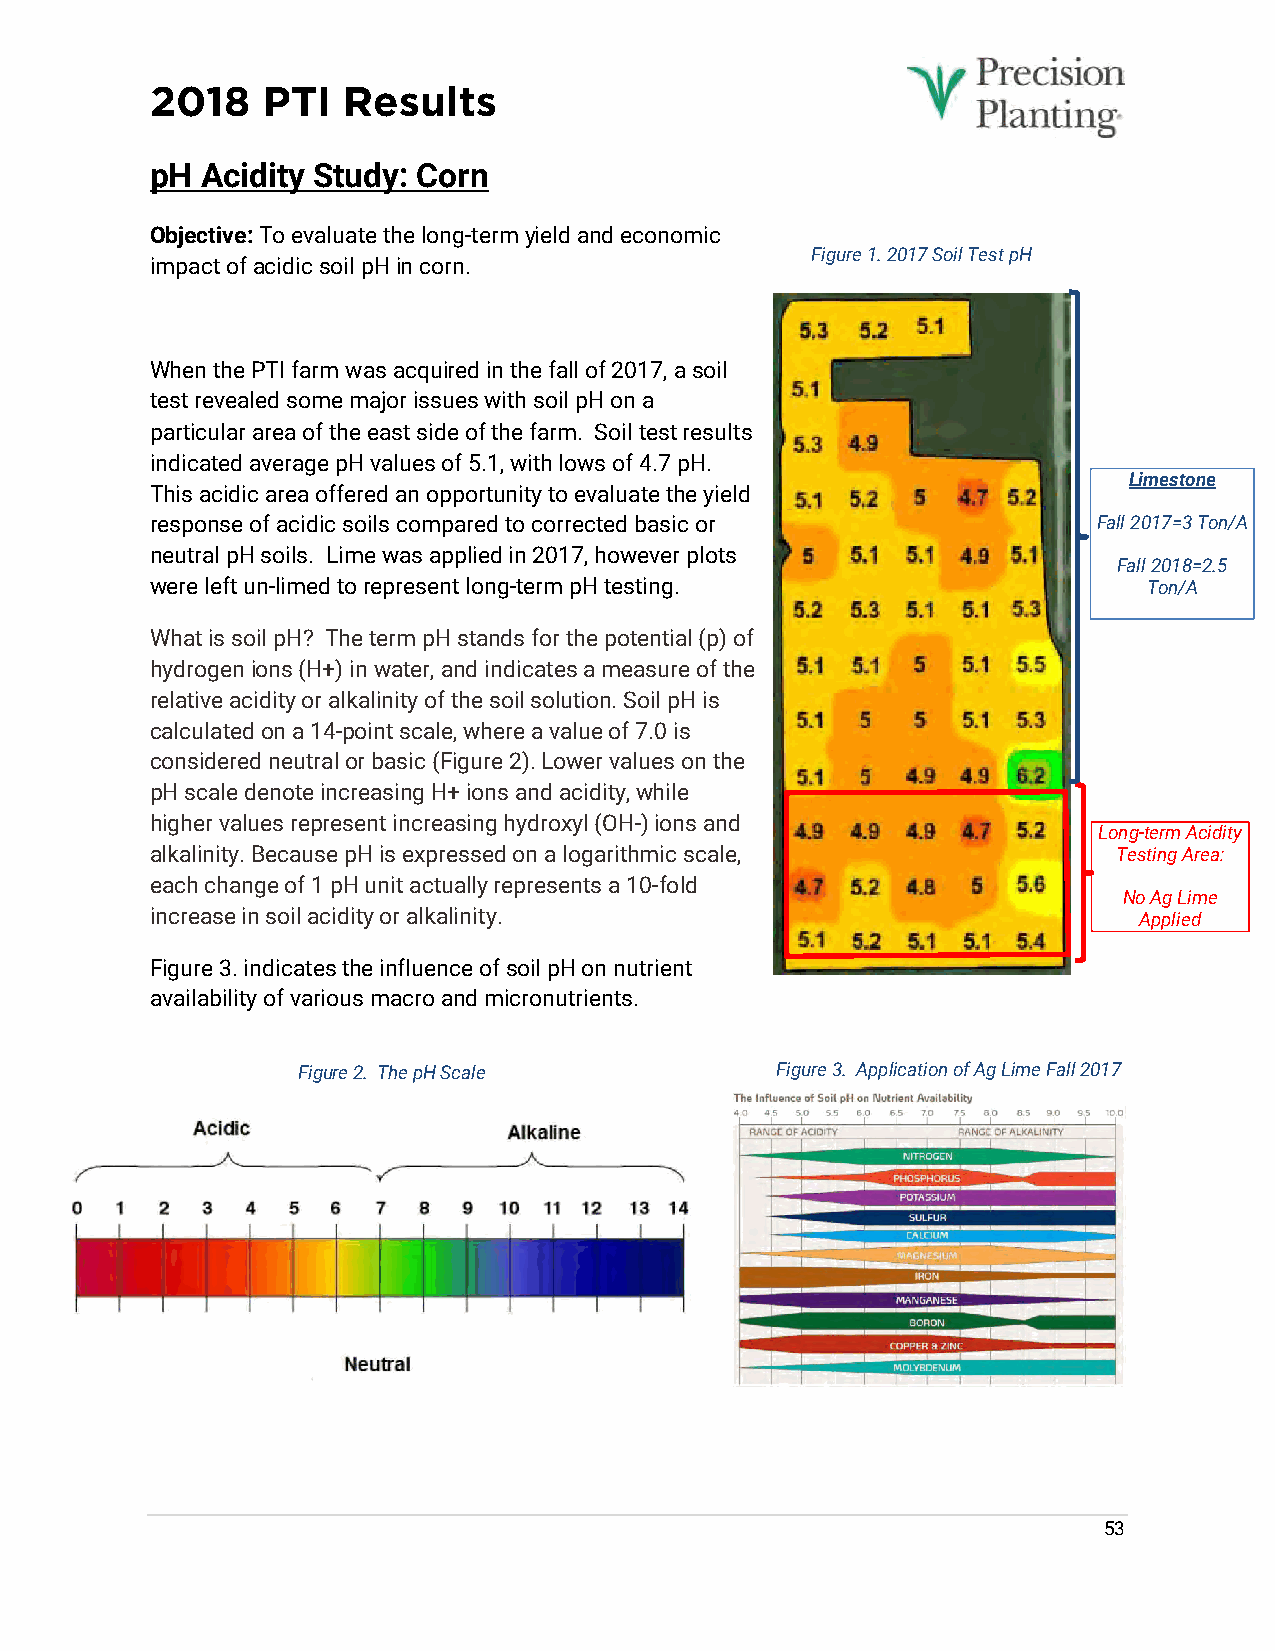
2018   PTI   Results
 pH Acidity Study: Corn
 Objective: To evaluate the long-term yield and economic
 Figure 1. 2017 Soil Test pH
 impact of acidic soil pH in corn.
 When the PTI farm was acquired in the fall of 2017, a soil
 test revealed some major issues with soil pH on a
 particular area of the east side of the farm. Soil test results
 indicated average pH values of 5.1, with lows of 4.7 pH.
 Limestone
 This acidic area offered an opportunity to evaluate the yield
 response of acidic soils compared to corrected basic or        Fall 2017=3 Ton/A
 neutral pH soils. Lime was applied in 2017, however plots
 Fall 2018=2.5
 were left un-limed to represent long-term pH testing.             Ton/A
 What is soil pH? The term pH stands for the potential (p) of
 hydrogen ions (H+) in water, and indicates a measure of the
 relative acidity or alkalinity of the soil solution. Soil pH is
 calculated on a 14-point scale, where a value of 7.0 is
 considered neutral or basic (Figure 2). Lower values on the
 pH scale denote increasing H+ ions and acidity, while
 higher values represent increasing hydroxyl (OH-) ions and
 Long-term Acidity
 alkalinity. Because pH is expressed on a logarithmic scale,     Testing Area:
 each change of 1 pH unit actually represents a 10-fold
 No Ag Lime
 increase in soil acidity or alkalinity.                          Applied
 Figure 3. indicates the influence of soil pH on nutrient
 availability of various macro and micronutrients.
 Figure 2. The pH Scale         Figure 3. Application of Ag Lime Fall 2017
 53